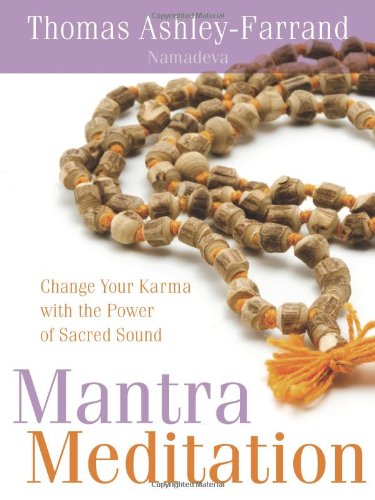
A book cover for Mantra Meditation: Change Your Karma with the Power of Sacred Sound; Thomas Ashley-Farrand; Religion & Spirituality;